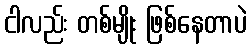
ငါလည်း တစ်မျိုး ဖြစ်နေတာပဲ